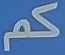
كم